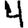
Digit: 4